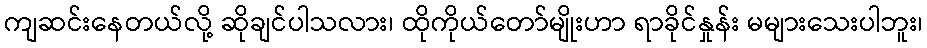
ကျဆင်းနေတယ်လို့ ဆိုချင်ပါသလား၊ ထိုကိုယ်တော်မျိုးဟာ ရာခိုင်နှုန်း မများသေးပါဘူး၊